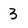
Character: 3